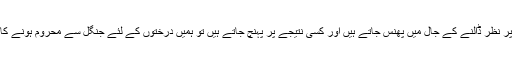
جب ہم موجودہ پر نظر ڈالنے کے جال میں پھنس جاتے ہیں اور کسی نتیجے پر پہنچ جاتے ہیں تو ہمیں درختوں کے لئے جنگل سے محروم ہونے کا خطرہ ہوتا ہے۔